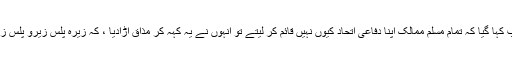
سہروردی صاحب سے جب کہا گیا کہ تمام مسلم ممالک اپنا دفاعی اتحاد کیوں نہیں قائم کر لیتے تو انہوں نے یہ کہہ کر مذاق اڑادیا ، کہ زیرہ پلس زیرو پلس زیرو ، برابر ہے زیرو کے۔